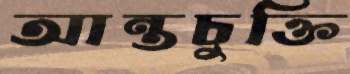
আন্তচুক্তি